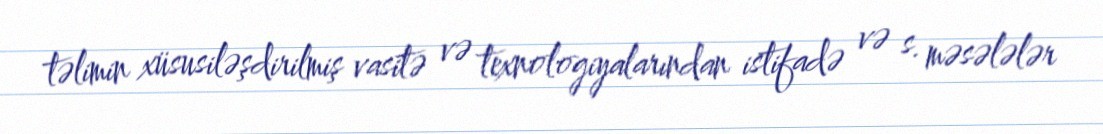
təlimin xüsusiləşdirilmiş vasitə və texnologiyalarından istifadə və s. məsələlər